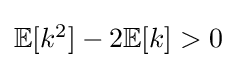
{\textstyle \mathbb {E} [k^{2}]-2\mathbb {E} [k]>0}